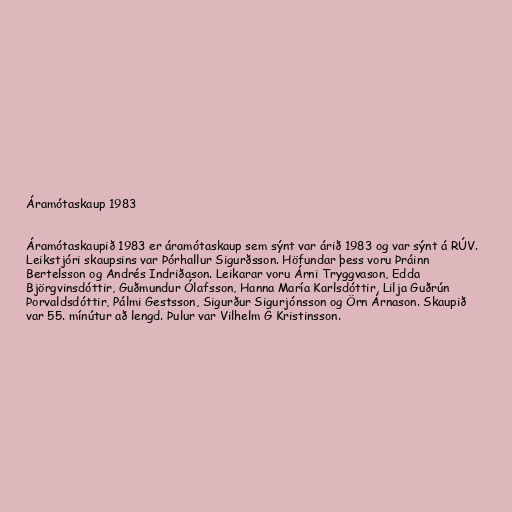
Áramótaskaup 1983

Áramótaskaupið 1983 er áramótaskaup sem sýnt var árið 1983 og var sýnt á RÚV.
Leikstjóri skaupsins var Þórhallur Sigurðsson. Höfundar þess voru Þráinn
Bertelsson og Andrés Indriðason. Leikarar voru Árni Tryggvason, Edda
Björgvinsdóttir, Guðmundur Ólafsson, Hanna María Karlsdóttir, Lilja Guðrún
Þorvaldsdóttir, Pálmi Gestsson, Sigurður Sigurjónsson og Örn Árnason. Skaupið
var 55. mínútur að lengd. Þulur var Vilhelm G Kristinsson.